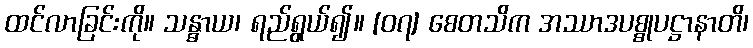
ထင်လာခြင်းကို။ သန္ဓာယ၊ ရည်ရွယ်၍။ [၀၇] စေတသိက အဿာဒပစ္စုပဋ္ဌာနာတိ၊